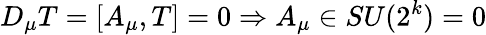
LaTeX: D_{\mu}T=[A_{\mu},T]=0\Rightarrow A_{\mu}\in SU(2^{k})=0